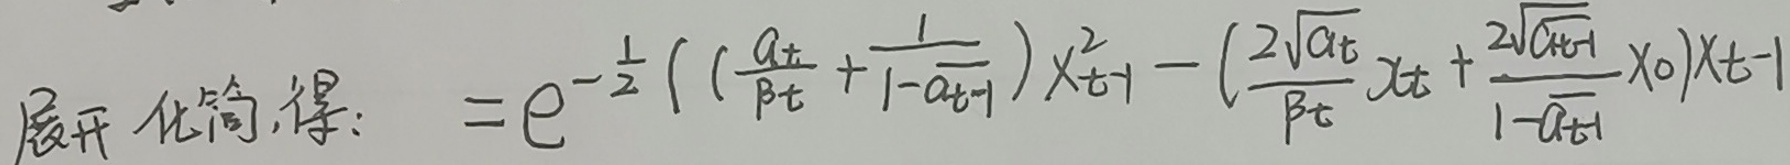
展开化简,得$: \quad = e^{-\frac{1}{2}} \left( \left( \frac{a_t}{\beta_t} + \frac{1}{1 - a_{t - 1}} \right) x_{t - 1}^2 - \left( \frac{2\sqrt{a_t}}{\beta_t} x_t + \frac{2\sqrt{a_{t - 1}}}{1 - a_{t - 1}} x_0 \right) x_{t - 1} \right)$